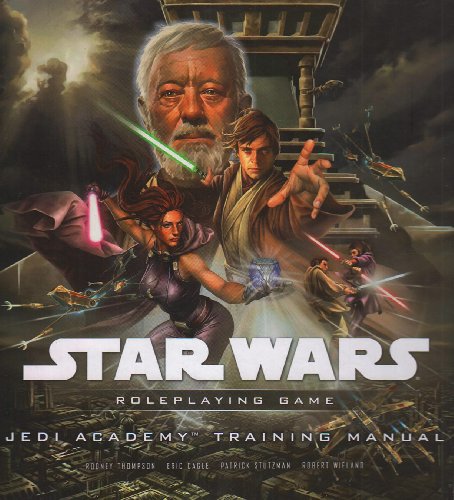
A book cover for Jedi Academy Training Manual (Star Wars Roleplaying Game); Rodney Thompson; Science Fiction & Fantasy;